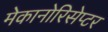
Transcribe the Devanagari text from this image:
मेकानोरिसेप्टर